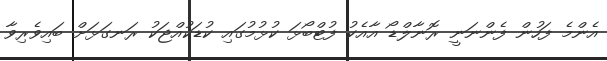
އެންމެ ފަހުން ފެންނަނީ ރޮނާލްޑޯ އާއެކު ފުޓްބޯޅަ ކުޅުމުގައި ކުޑަކުއްޖަކު ރަނގަޅަށް ބައިވެރިވާ